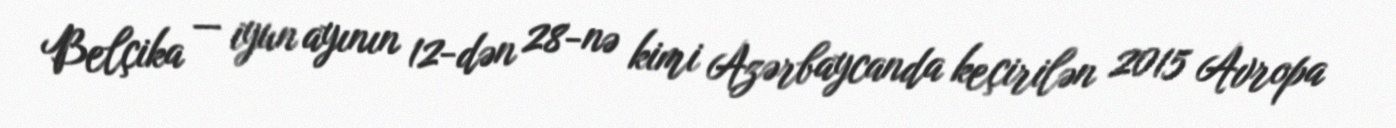
Belçika — iyun ayının 12-dən 28-nə kimi Azərbaycanda keçirilən 2015 Avropa